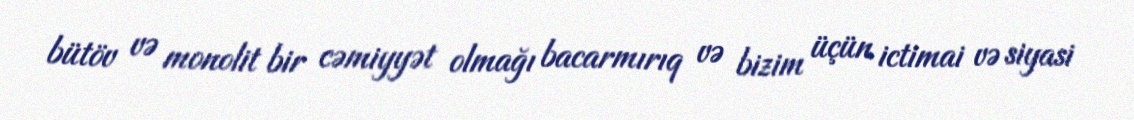
bütöv və monolit bir cəmiyyət olmağı bacarmırıq və bizim üçün ictimai və siyasi